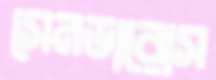
সেনডারোস